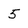
Character: 5